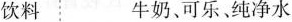
饮料牛奶、可乐、纯净水